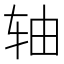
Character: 轴